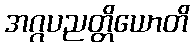
အဂ္ဂပညတ္တိယောတိ